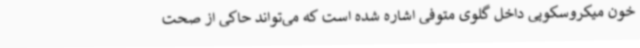
خون میکروسکوپی داخل گلوی متوفی اشاره شده است که می‌تواند حاکی از صحت